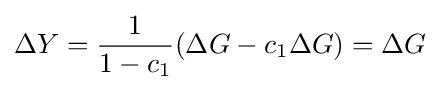
\Delta Y={\frac {1}{1-c_{1}}}(\Delta G-c_{1}\Delta G)=\Delta G